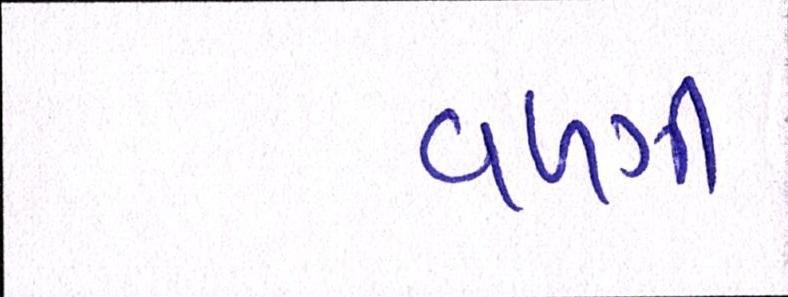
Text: વળગી